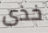
خذى